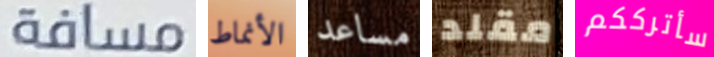
مسافة الأنماط مساعد مقلد سأترككم